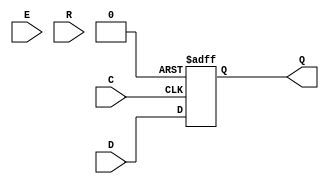
module test(D, C, E, R, Q);
	parameter [0:0] CLKPOL = 0;
	parameter [0:0] ENABLE_EN = 0;
	parameter [0:0] RESET_EN = 0;
	parameter [0:0] RESET_VAL = 0;
	parameter [0:0] RESET_SYN = 0;

	(* gentb_clock *)
	input D, C, E, R;

	output Q;

	wire gated_reset = R & RESET_EN;
	wire gated_enable = E | ~ENABLE_EN;
	reg posedge_q, negedge_q, posedge_sq, negedge_sq;

	always @(posedge C, posedge gated_reset)
		if (gated_reset)
			posedge_q <= RESET_VAL;
		else if (gated_enable)
			posedge_q <= D;

	always @(negedge C, posedge gated_reset)
		if (gated_reset)
			negedge_q <= RESET_VAL;
		else if (gated_enable)
			negedge_q <= D;

	always @(posedge C)
		if (gated_reset)
			posedge_sq <= RESET_VAL;
		else if (gated_enable)
			posedge_sq <= D;

	always @(negedge C)
		if (gated_reset)
			negedge_sq <= RESET_VAL;
		else if (gated_enable)
			negedge_sq <= D;

	assign Q = RESET_SYN ? (CLKPOL ? posedge_sq : negedge_sq) : (CLKPOL ? posedge_q : negedge_q);
endmodule